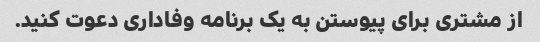
از مشتری برای پیوستن به یک برنامه وفاداری دعوت کنید.